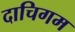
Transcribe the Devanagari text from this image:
दाचिगम